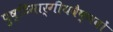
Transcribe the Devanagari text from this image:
पुष्टिमार्गीयवैष्णवों